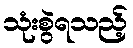
သုံးစွဲရသည့်